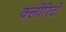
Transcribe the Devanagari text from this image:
क्लोरिटो